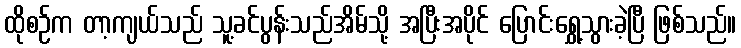
ထိုစဉ်က တာ့ကျယ်သည် သူ့ခင်ပွန်းသည်အိမ်သို့ အပြီးအပိုင် ပြောင်းရွှေ့သွားခဲ့ပြီ ဖြစ်သည်။